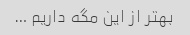
بهتر از این مگه داریم …